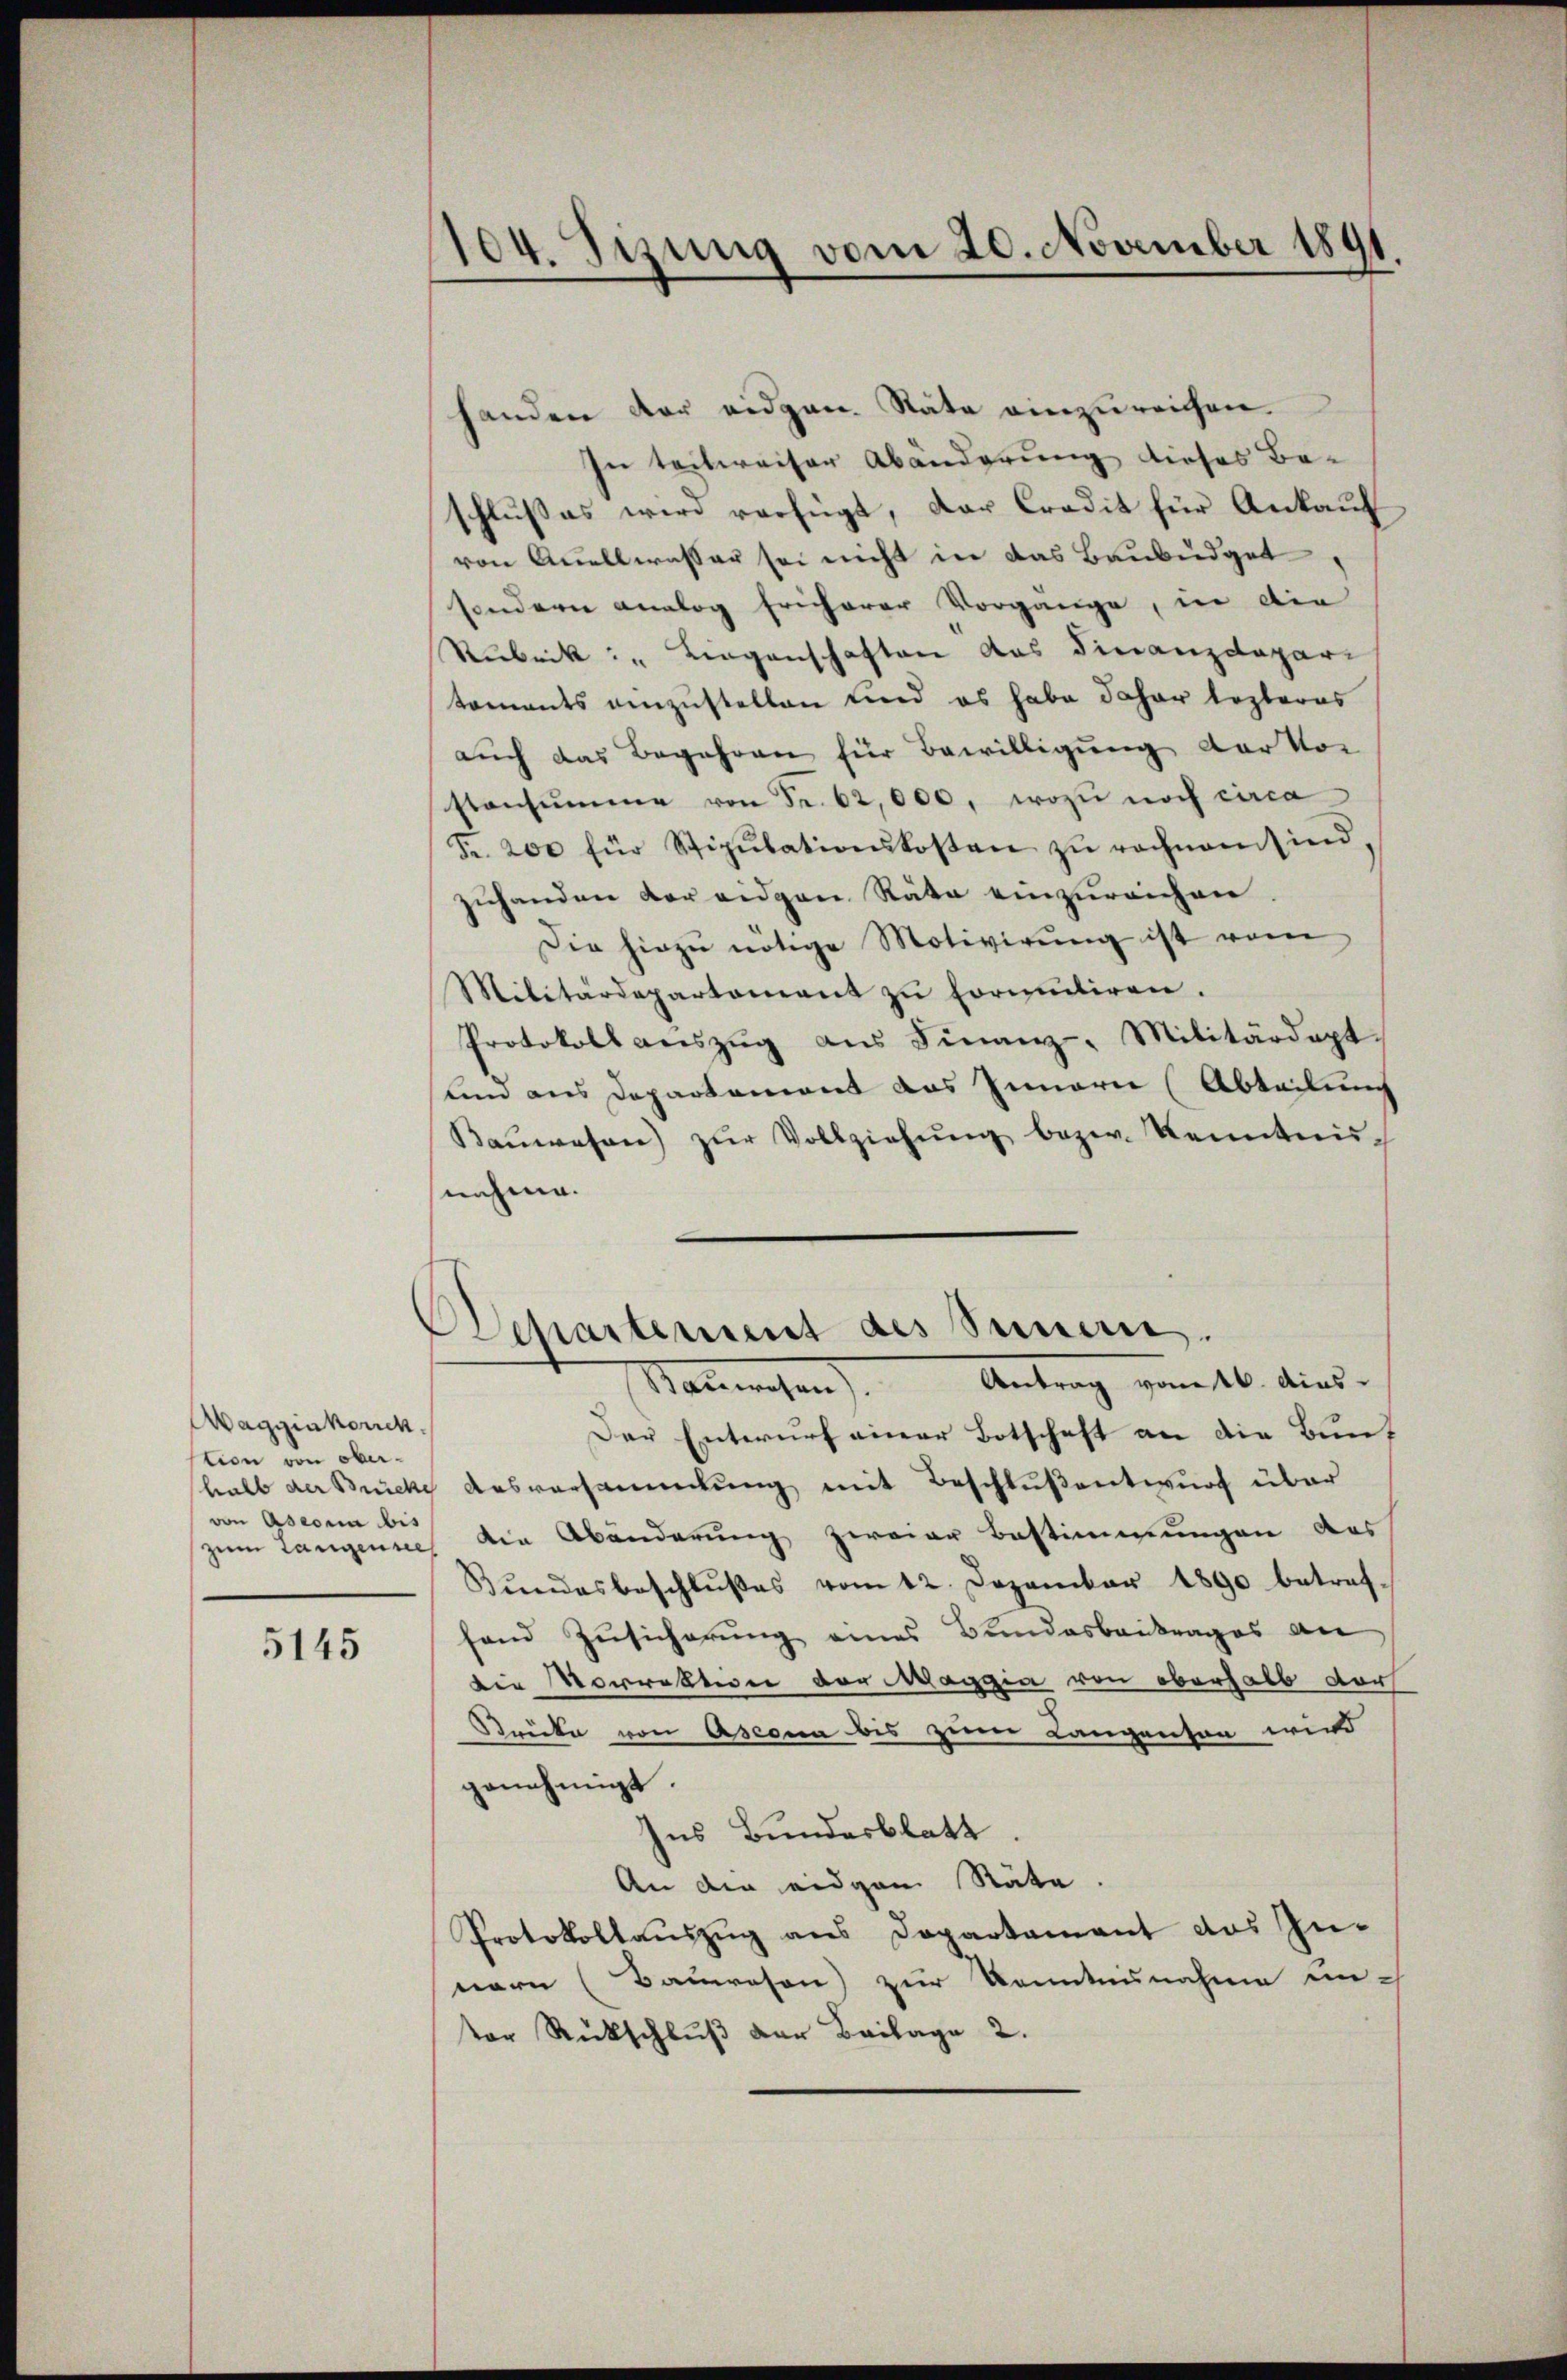
Maggiakerich
tion von oberhalb der Brücke
von Ascona bis
zum Langenies

5145

104. Sitzung vom 20. November 1891

handen der eidgen. Stäte einzureichen.
In teilweiser Abänderung dieses Beschlußes wird verfügt, der Credit für Ankauf
von Quellwasser sei nicht in das Baubüdget
sondern analog früherer Vorgange, in die
Rubrik: " Liegenschaften das Finanzdepar
toments einzustellen sind es habe daher lezteres
auch das Begehren für Bewilligung der Vor
stensumme von Fr. 62,000, wozu noch circa
Fr. 200 für Stipulationskosten zŭ rachnamsind,
zuhanden der eidgen Räte einzureichen
Die hiezŭ nötige Motivirŭng ist vom
Militärdepartement zŭ formŭtiren.
Protokoll aŭszŭg aŭs Finanz-Militärdept.
und aus Departement aus Innern (Abteilung
Baŭwesen) zŭr Vollziehŭng bezw. Kenntni
nehme.

Departement des Semmen.
Antrag vom 16. dies
Nanwesen

Der Entwurf einer Botschaft an die Bunt
Ausversammlung mit Beschlußentwurf über
die Abänderung zweier Bestimmungen das
Bŭndesbeschlŭβes vom 12. Dezember 1890 betreffand Zusicherung eines Bundesbeitrages an
die Morrektion der Maggia von oberhalb darf
Stricke von Ascenen bis zwei Langensen wird
genehmigt.
Ins Bundesblatt
An die eidgen Räte.
Protokollauszug aus Dopartement des Innern (Bauwesen) zur Kenntnisnahme un-
tor Rückschluß der Beilage 2.